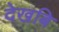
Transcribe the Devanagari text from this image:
देखबि